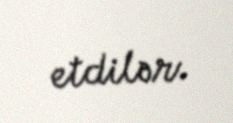
etdilər.